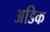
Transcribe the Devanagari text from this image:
अडिक